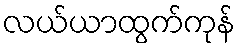
လယ်ယာထွက်ကုန်